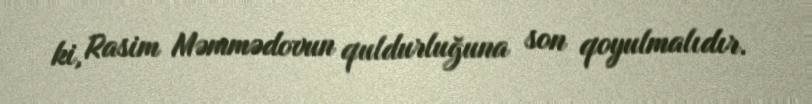
ki, Rasim Məmmədovun quldurluğuna son qoyulmalıdır.